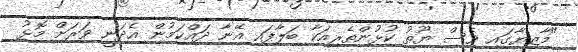
"މާޒިޔާގައި ވެސް ޔޫތު ކުޅުންތެރިއަކާ ބަލާފައި އޭނާ ދައްކަމުން އެދަނީ ވަރަށް މޮޅު